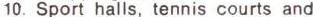
10. Sport halls, tennis courts and